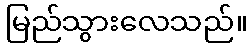
မြည်သွားလေသည်။